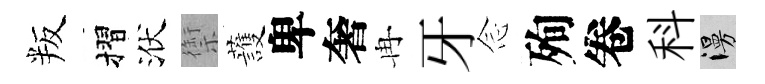
叛摺洑禦䕶卑奢冉牙𫝹殉卷科漫